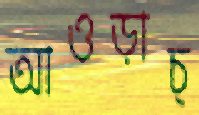
আওড়াচ্